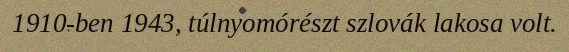
1910-ben 1943, túlnyomórészt szlovák lakosa volt.